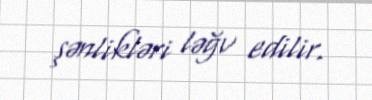
şənlikləri ləğv edilir.